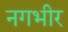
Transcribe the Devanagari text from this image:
नगभीर